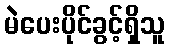
မဲပေးပိုင်ခွင့်ရှိသူ